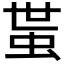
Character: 𧉺